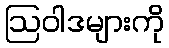
ဩဝါဒများကို